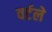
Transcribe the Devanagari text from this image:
वर्टले